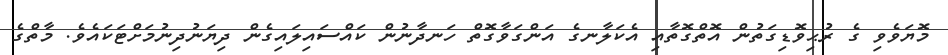
މޮޔަވެވި ގެ ރުޙިވޮޑިގަތުން އޮތްގޮތާއި އެކަލާނގެ އަންގަވާގޮތް ހަނދާނުން ކައްސައިލައިގެން ދިޔަނުދިނުމަށްޓަކައެވެ. މާތްގެ